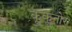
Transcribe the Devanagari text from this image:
कूकूनोर